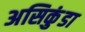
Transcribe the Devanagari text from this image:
असिकुंडा